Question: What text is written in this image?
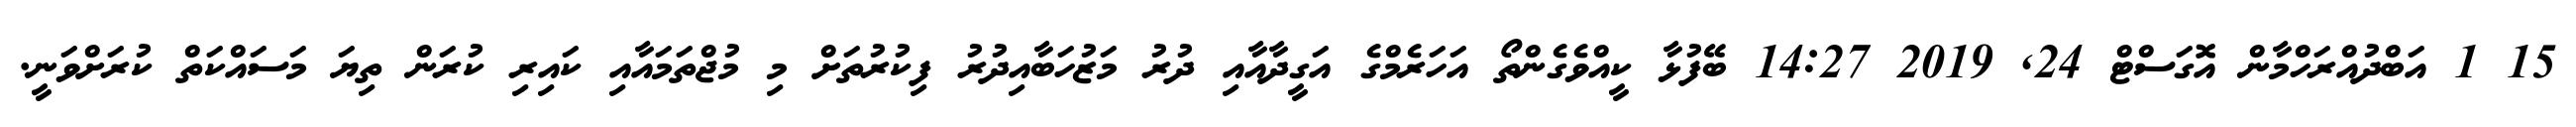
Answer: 15 1 އަބްދުއްރަހްމާން އޮގަސްޓް 24, 2019 14:27 ބޭފުޅާ ކީއްވެގެންތޯ އަހަރެމްގެ އަގީދާއާއި ދުރު މަޒުހަބާއިދުރު ފިކުރުތަށް މި މުޖްތަމައާއި ކައިރި ކުރަން ތިޔަ މަސައްކަތް ކުރަށްވަނީ.